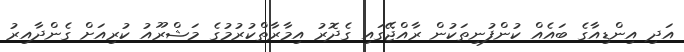
އަދި އިންޑިއާގެ ބައެއް ކުންފުނިތަކުން ރާއްޖޭގައި ގެދޮރު އިމާރާތްކުރުމުގެ މަޝްރޫއު ކުރިއަށް ގެންދާއިރު